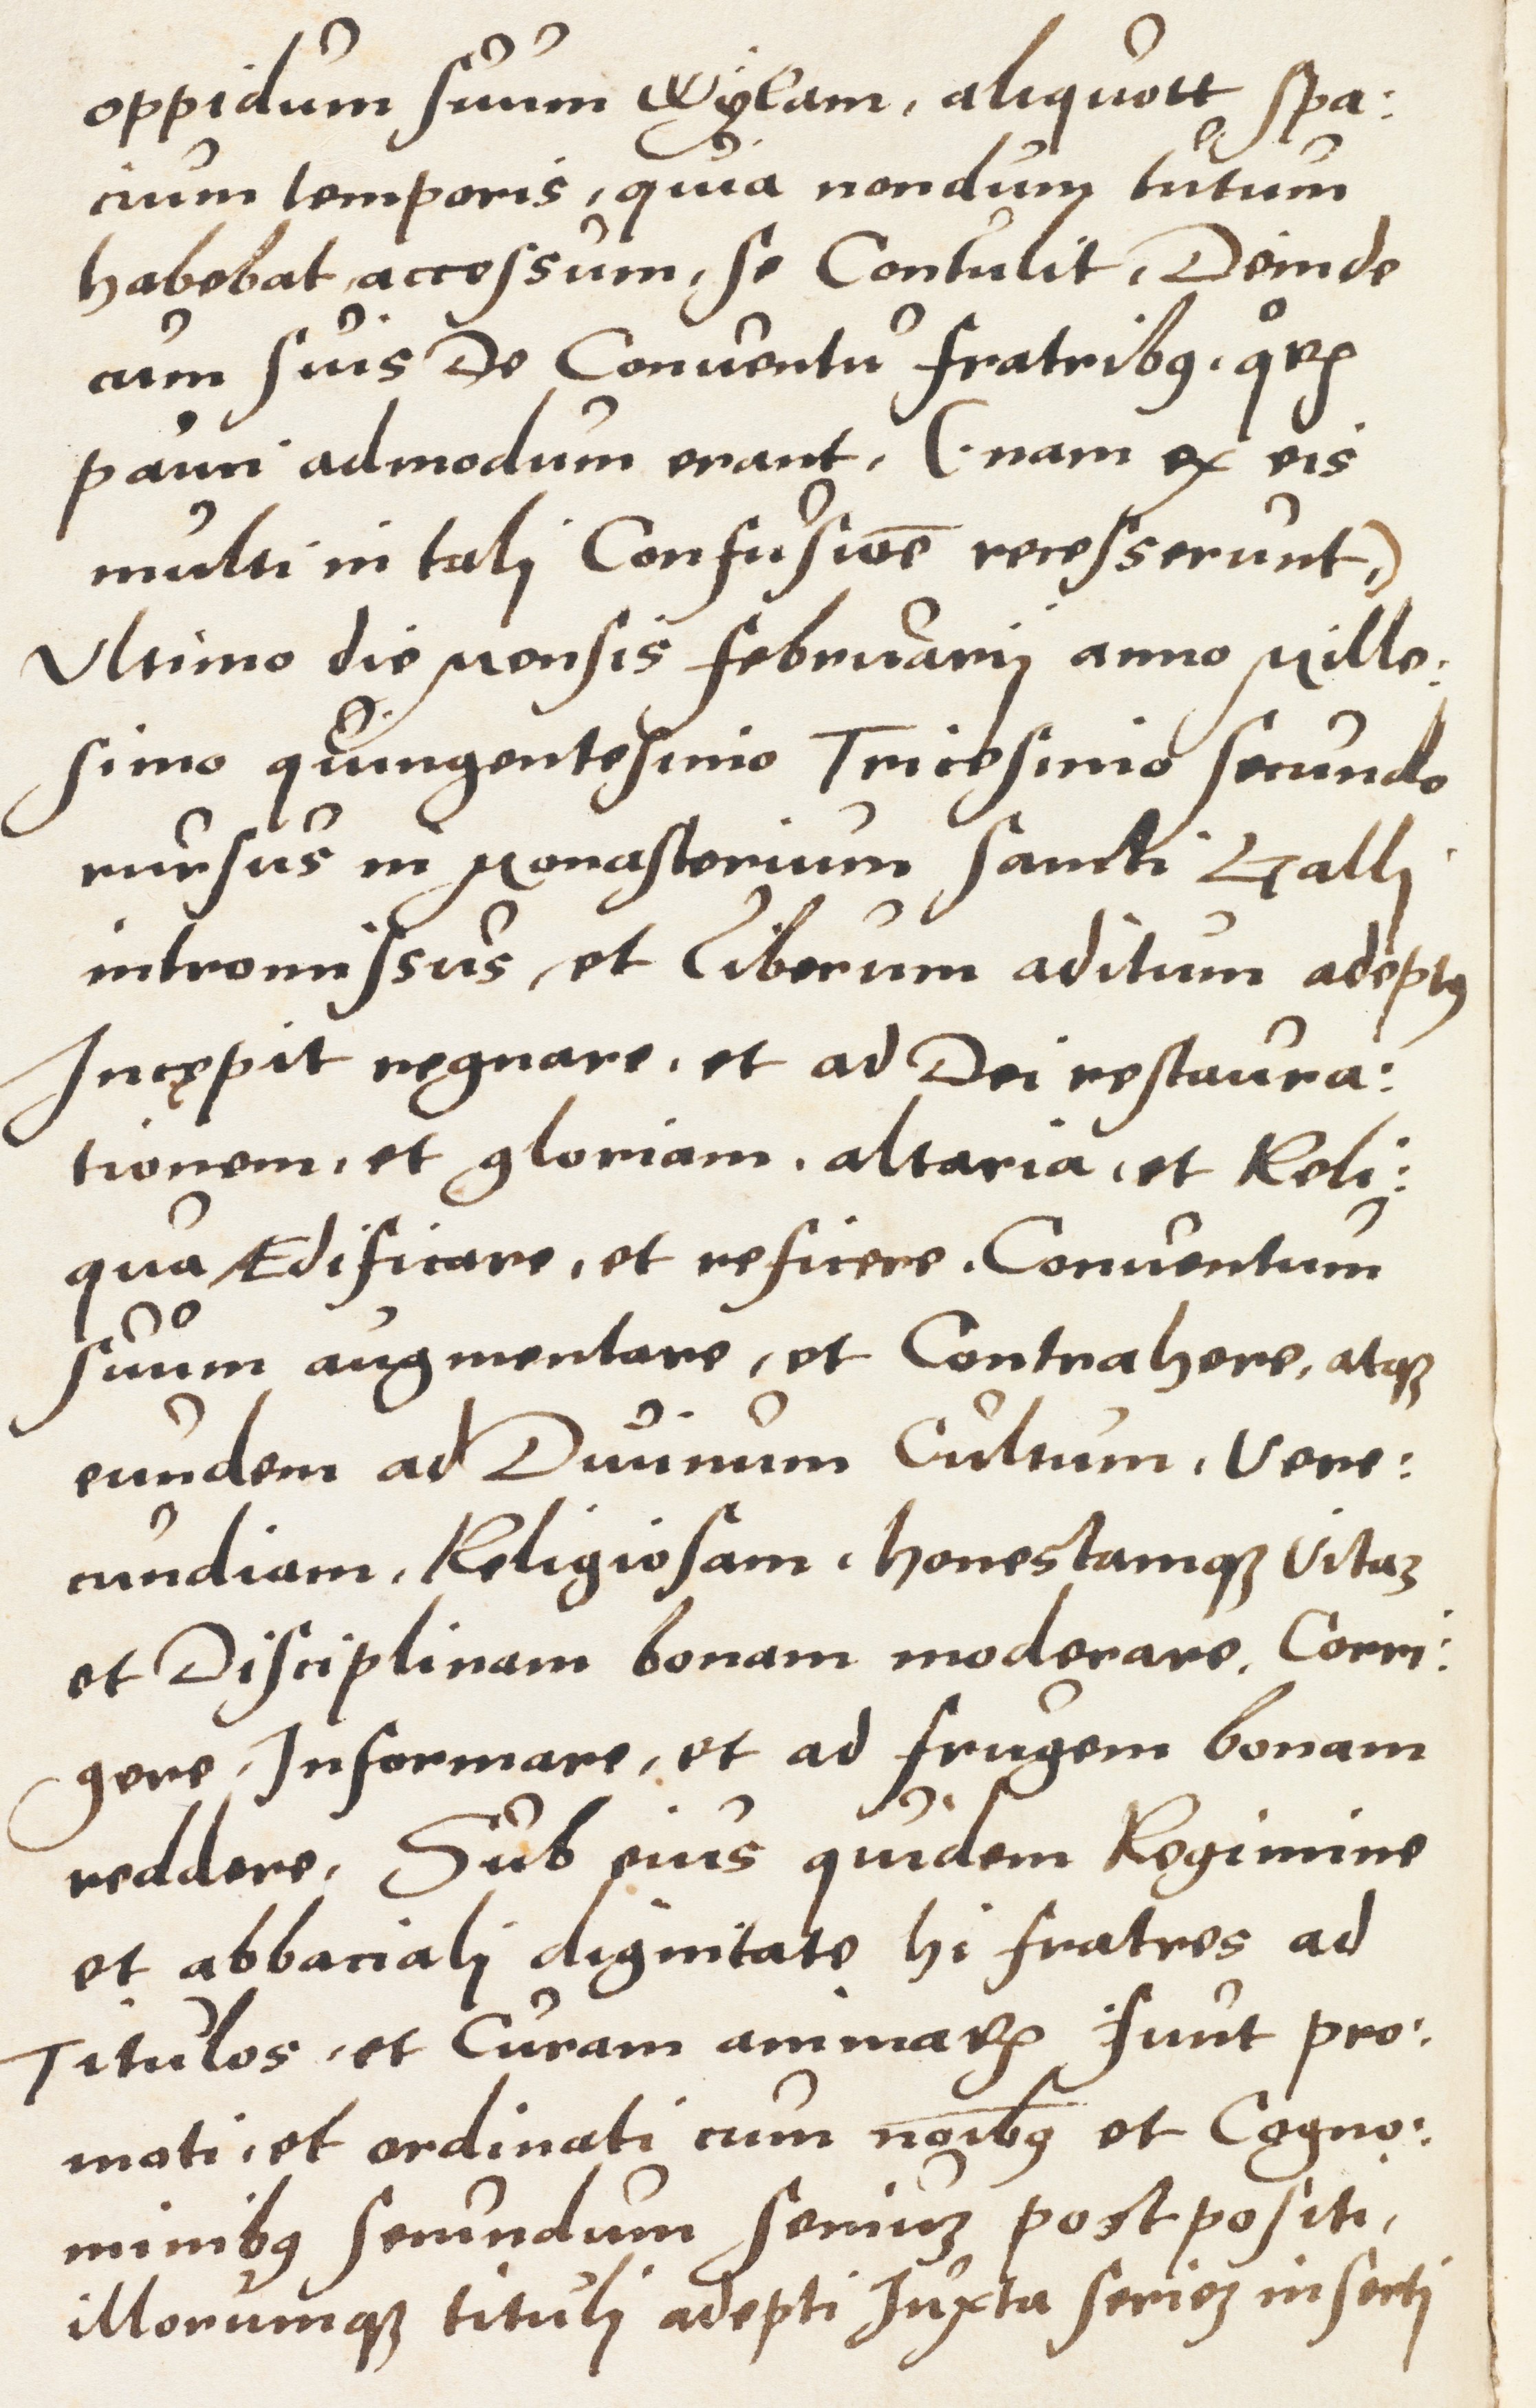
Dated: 1500–1599